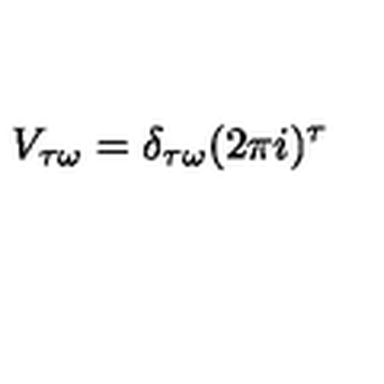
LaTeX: V _ { \tau \omega } = \delta _ { \tau \omega } ( 2 \pi i ) ^ { \tau }